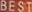
BEST